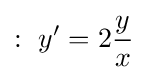
:\ y'=2{\frac {y}{x}}\